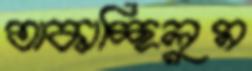
তাকাচ্ছিলুম